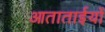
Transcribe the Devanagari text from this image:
आताताईयों